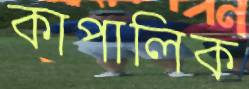
কাপালিক